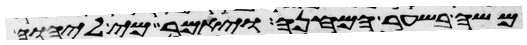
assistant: משה בשער המחנה ויאמר מי ליהוה